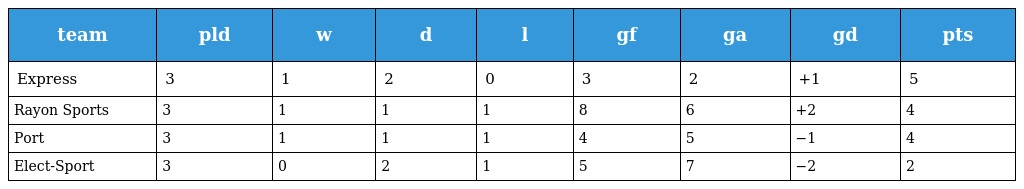
| team | pld | w | d | l | gf | ga | gd | pts |
 | --- | --- | --- | --- | --- | --- | --- | --- | --- |
 | Express | 3 | 1 | 2 | 0 | 3 | 2 | +1 | 5 |
 | Rayon Sports | 3 | 1 | 1 | 1 | 8 | 6 | +2 | 4 |
 | Port | 3 | 1 | 1 | 1 | 4 | 5 | −1 | 4 |
 | Elect-Sport | 3 | 0 | 2 | 1 | 5 | 7 | −2 | 2 |